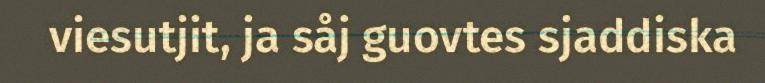
viesutjit, ja såj guovtes sjaddiska